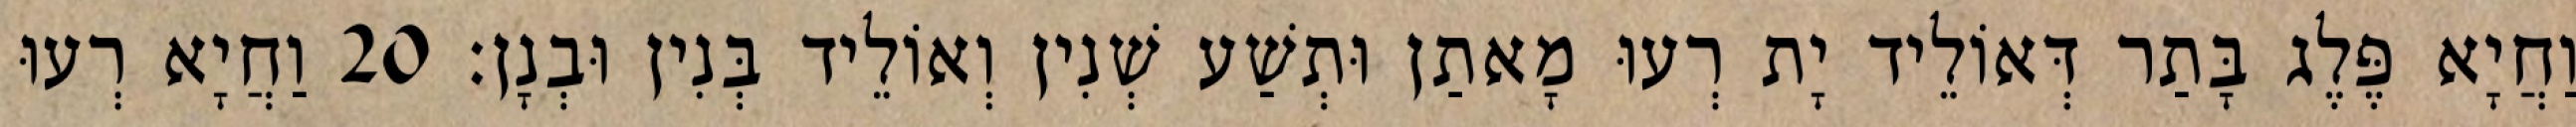
וַחֲיָא פֶּלֶג בָּתַר דְּאוֹלֵיד יָת רְעוּ מָאתַן וּתְשַׁע שְׁנִין וְאוֹלֵיד בְּנִין וּבְנָן׃ 20 וַחֲיָא רְעוּ